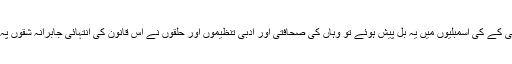
جس وقت پنجاب اور کے پی کے کی اسمبلیوں میں یہ بل پیش ہوئے تو وہاں کی صحافتی اور ادبی تنظیموں اور حلقوں نے اس قانون کی انتہائی جابرانہ شقوں پہ کوئی آواز بلند ہی نہیں کی۔